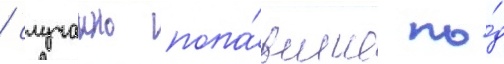
/ случаино попа́вшие по́д